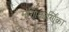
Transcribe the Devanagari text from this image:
मणिकार्णिंका